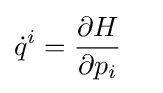
{\dot {q}}^{i}={\frac {\partial H}{\partial p_{i}}}\quad